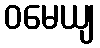
ဝမေယျ